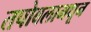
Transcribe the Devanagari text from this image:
तपोबलामधून